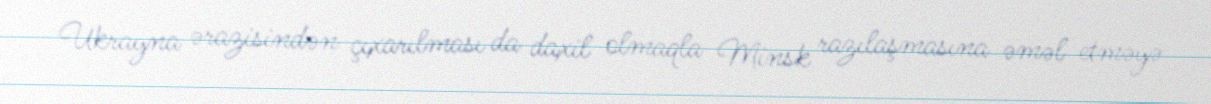
Ukrayna ərazisindən çıxarılması da daxil olmaqla Minsk razılaşmasına əməl etməyə